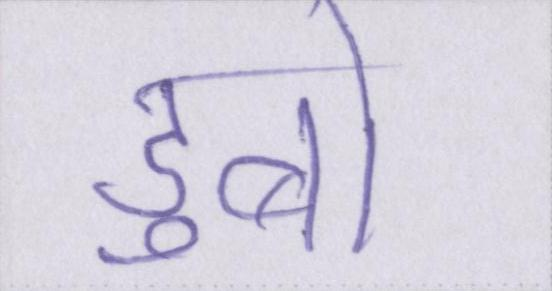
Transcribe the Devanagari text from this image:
डुबो